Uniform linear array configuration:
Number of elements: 4
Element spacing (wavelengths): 1
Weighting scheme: kaiser
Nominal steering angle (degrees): -15
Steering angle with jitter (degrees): -15.323
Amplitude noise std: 0.05
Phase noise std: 0.05

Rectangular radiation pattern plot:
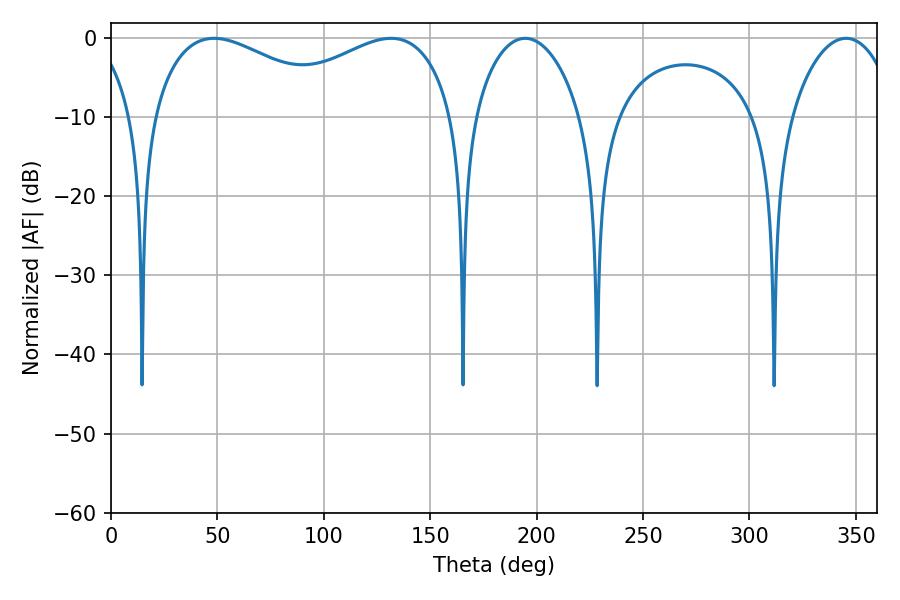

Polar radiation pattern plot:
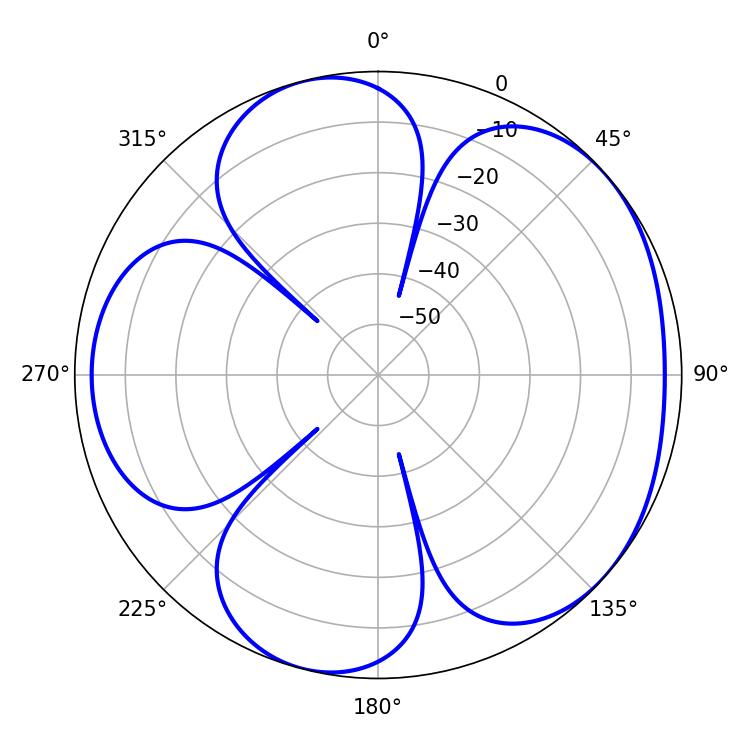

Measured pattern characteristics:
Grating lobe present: TRUE
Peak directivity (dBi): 4.791
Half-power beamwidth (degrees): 50.22
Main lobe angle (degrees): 48.42